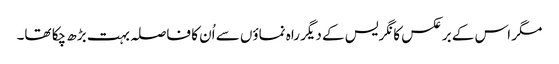
مگر اس کے برعکس کانگریس کے دیگر راہ نماؤں سے اُن کا فاصلہ بہت بڑھ چکا تھا۔